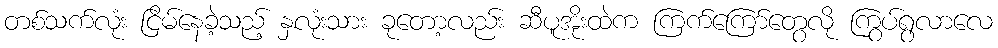
တစ်သက်လုံး ငြိမ်နေခဲ့သည့် နှလုံးသား ခုတော့လည်း ဆီပူအိုးထဲက ကြက်ကြော်တွေလို ကြွပ်ရွလာလေ